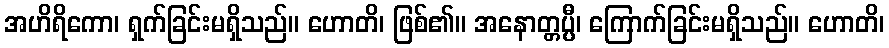
အဟိရိကော၊ ရှက်ခြင်းမရှိသည်။ ဟောတိ၊ ဖြစ်၏။ အနောတ္တပ္ပီ၊ ကြောက်ခြင်းမရှိသည်။ ဟောတိ၊